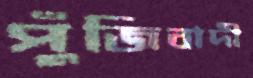
পুঁজিবাদী